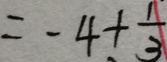
= - 4 + \frac { 1 } { 3 }